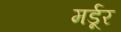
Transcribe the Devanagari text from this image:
मर्डूर